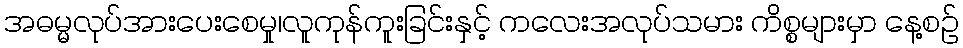
အဓမ္မလုပ်အားပေးစေမှု၊လူကုန်ကူးခြင်းနှင့် ကလေးအလုပ်သမား ကိစ္စများမှာ နေ့စဉ်